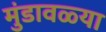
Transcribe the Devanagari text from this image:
मुंडावळ्या